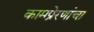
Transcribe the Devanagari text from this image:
कामप्रेरणांचा